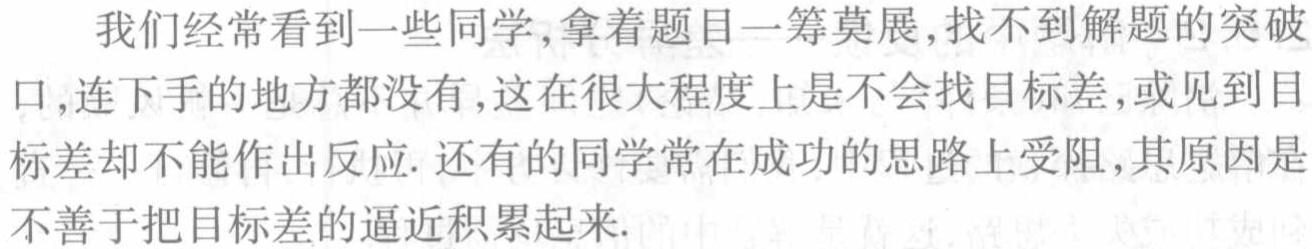
我们经常看到一些同学,拿着题目一筹莫展,找不到解题的突破口,连下手的地方都没有,这在很大程度上是不会找目标差,或见到目标差却不能作出反应. 还有的同学常在成功的思路上受阻,其原因是不善于把目标差的逼近积累起来.